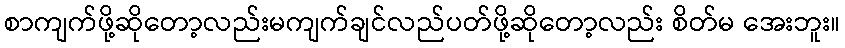
စာကျက်ဖို့ဆိုတော့လည်းမကျက်ချင်လည်ပတ်ဖို့ဆိုတော့လည်း စိတ်မ အေးဘူး။